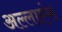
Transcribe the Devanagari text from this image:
अल्लाएंस